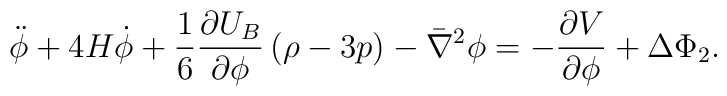
\ddot \phi +4H\dot\phi +\frac{1}{6}\frac{\partial U_B}{\partial \phi}\left(\rho-3p\right)-\bar \nabla^2\phi =-\frac{\partial V}{\partial \phi}+ \Delta\Phi_2.